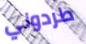
طردوني